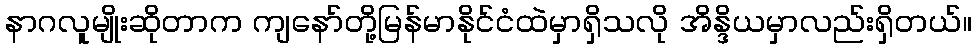
နာဂလူမျိုးဆိုတာက ကျနော်တို့မြန်မာနိုင်ငံထဲမှာရှိသလို အိန္ဒိယမှာလည်းရှိတယ်။